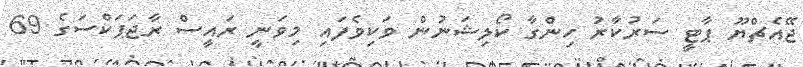
ޖޭއެޗްޔޫ ޕާޓީ ސަރުކާރު ހިންގާ ކޯލިޝަނުން ވަކިވެފައި މިވަނީ ރައީސް ރާޖަޕަކްސަގެ 69